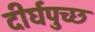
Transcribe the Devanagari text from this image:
दीर्घपुच्छ